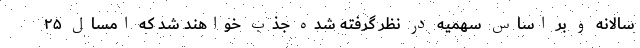
سالانه و بر اساس سهمیه در نظر گرفته شده جذب خواهند شد که امسال ۲۵